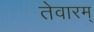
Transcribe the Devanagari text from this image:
तेवारम्‌